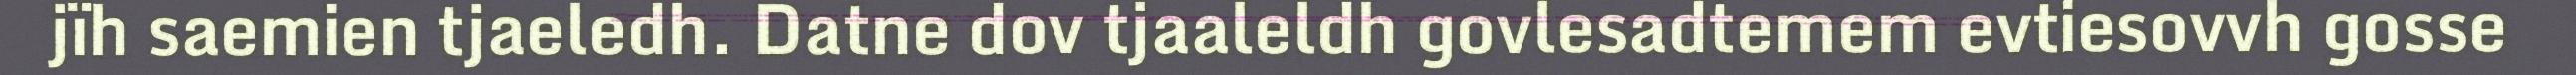
jïh saemien tjaeledh. Datne dov tjaaleldh govlesadtemem evtiesovvh gosse